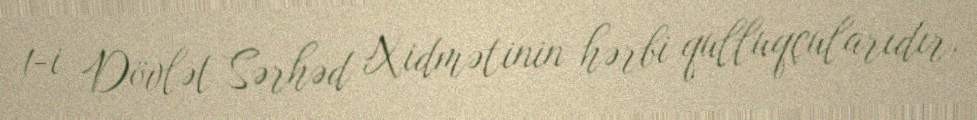
1-i Dövlət Sərhəd Xidmətinin hərbi qulluqçularıdır.